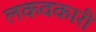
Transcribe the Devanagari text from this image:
लकवकारी